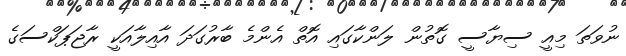
ނުވަތަ މިއީ ސިޔާސީ ގޮތުން ލަންކާގައި އޮތް އެންމެ ބާރުގަދަ އާއިލާއަކީ ރާޖަޕަކްސަގެ